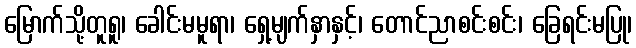
မြောက်သို့တူရူ၊ ခေါင်းမမူရာ၊ ရှေ့မျက်နှာနှင့်၊ တောင်ညာစင်းစင်း၊ ခြေရင်းမပြု၊